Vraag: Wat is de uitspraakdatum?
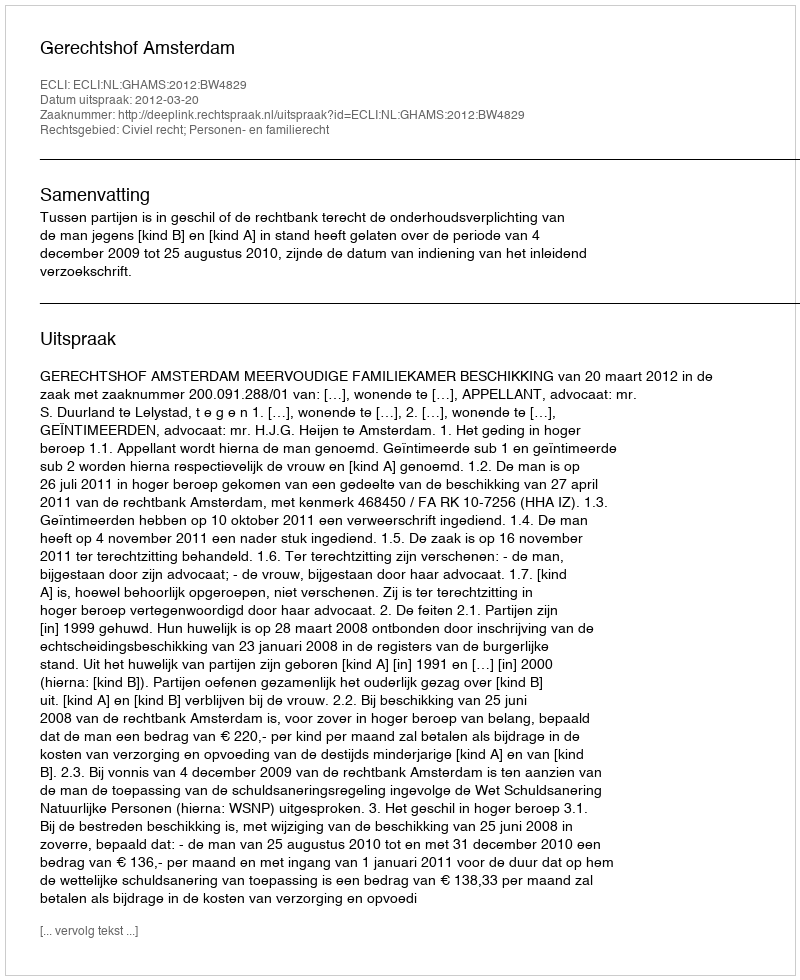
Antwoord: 2012-03-20